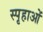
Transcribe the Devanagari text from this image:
स्पृहाओं